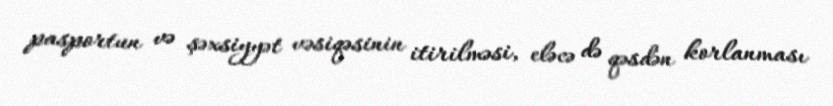
pasportun və şəxsiyyət vəsiqəsinin itirilməsi, eləcə də qəsdən korlanması